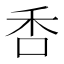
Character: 㕿